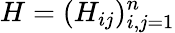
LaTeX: H=(H_{ij})_{i,j=1}^{n}